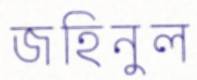
জহিনুল